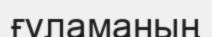
ғүламаның